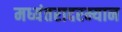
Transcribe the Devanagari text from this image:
मध्यंतरादरम्यान